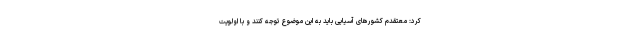
کرد: معتقدم کشورهای آسیایی باید به این موضوع توجه کنند و با اولویت